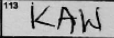
Transcription: KAW